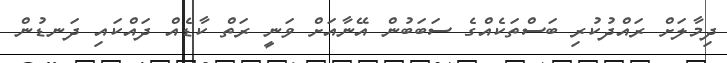
ދިމާލަށް ރައްދުކުރި ބަސްތަކެއްގެ ސަބަބުން އޭނާއަށް ވަނީ ރަތް ކާޑެއް ދައްކައި ދަނޑުން